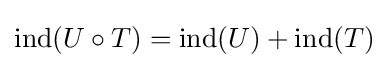
\operatorname {ind} (U\circ T)=\operatorname {ind} (U)+\operatorname {ind} (T)